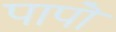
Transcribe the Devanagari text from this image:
पापॊं